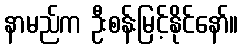
နာမည်က ဦးစန်းမြင့်နိုင်နော်။